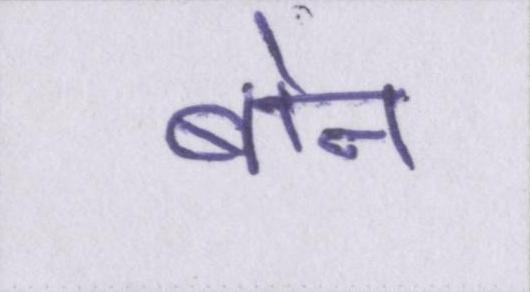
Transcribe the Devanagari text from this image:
बोन